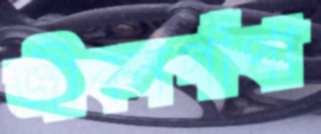
জীবনগাঁথা